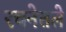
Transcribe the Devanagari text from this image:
रचनेतले